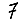
Digit: 7